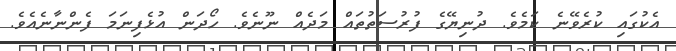
އެކުގައި ކުރެވޭނެ ކަމެވެ. ދުނިޔޭގެ ފުރުސަތުތައް މަދެއް ނޫނެވެ. ހޯދަން އުޅެފިނަމަ ފެންނާނެއެވެ.